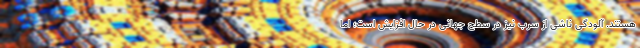
هستند. آلودگی ناشی از سرب نیز در سطح جهانی در حال افزایش است؛ اما